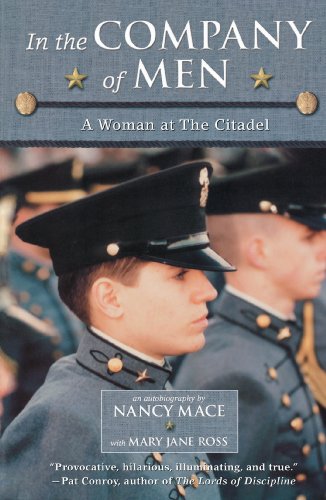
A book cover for In the Company of Men: A Woman at the Citadel; Nancy Mace; Teen & Young Adult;